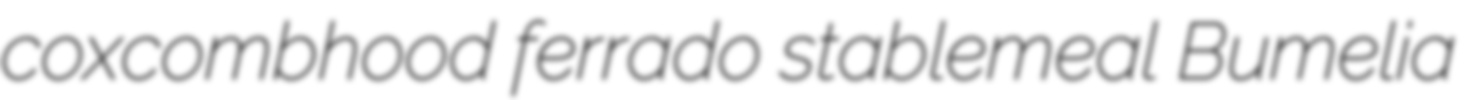
coxcombhood ferrado stablemeal Bumelia